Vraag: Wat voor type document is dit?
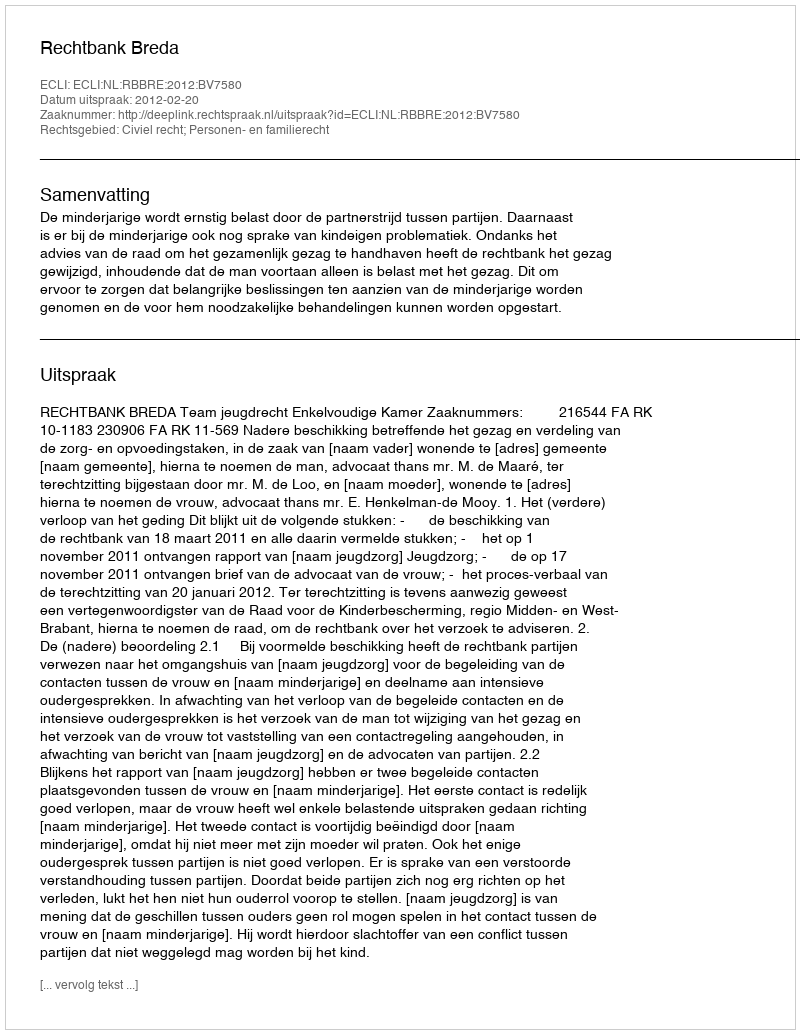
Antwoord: Uitspraak